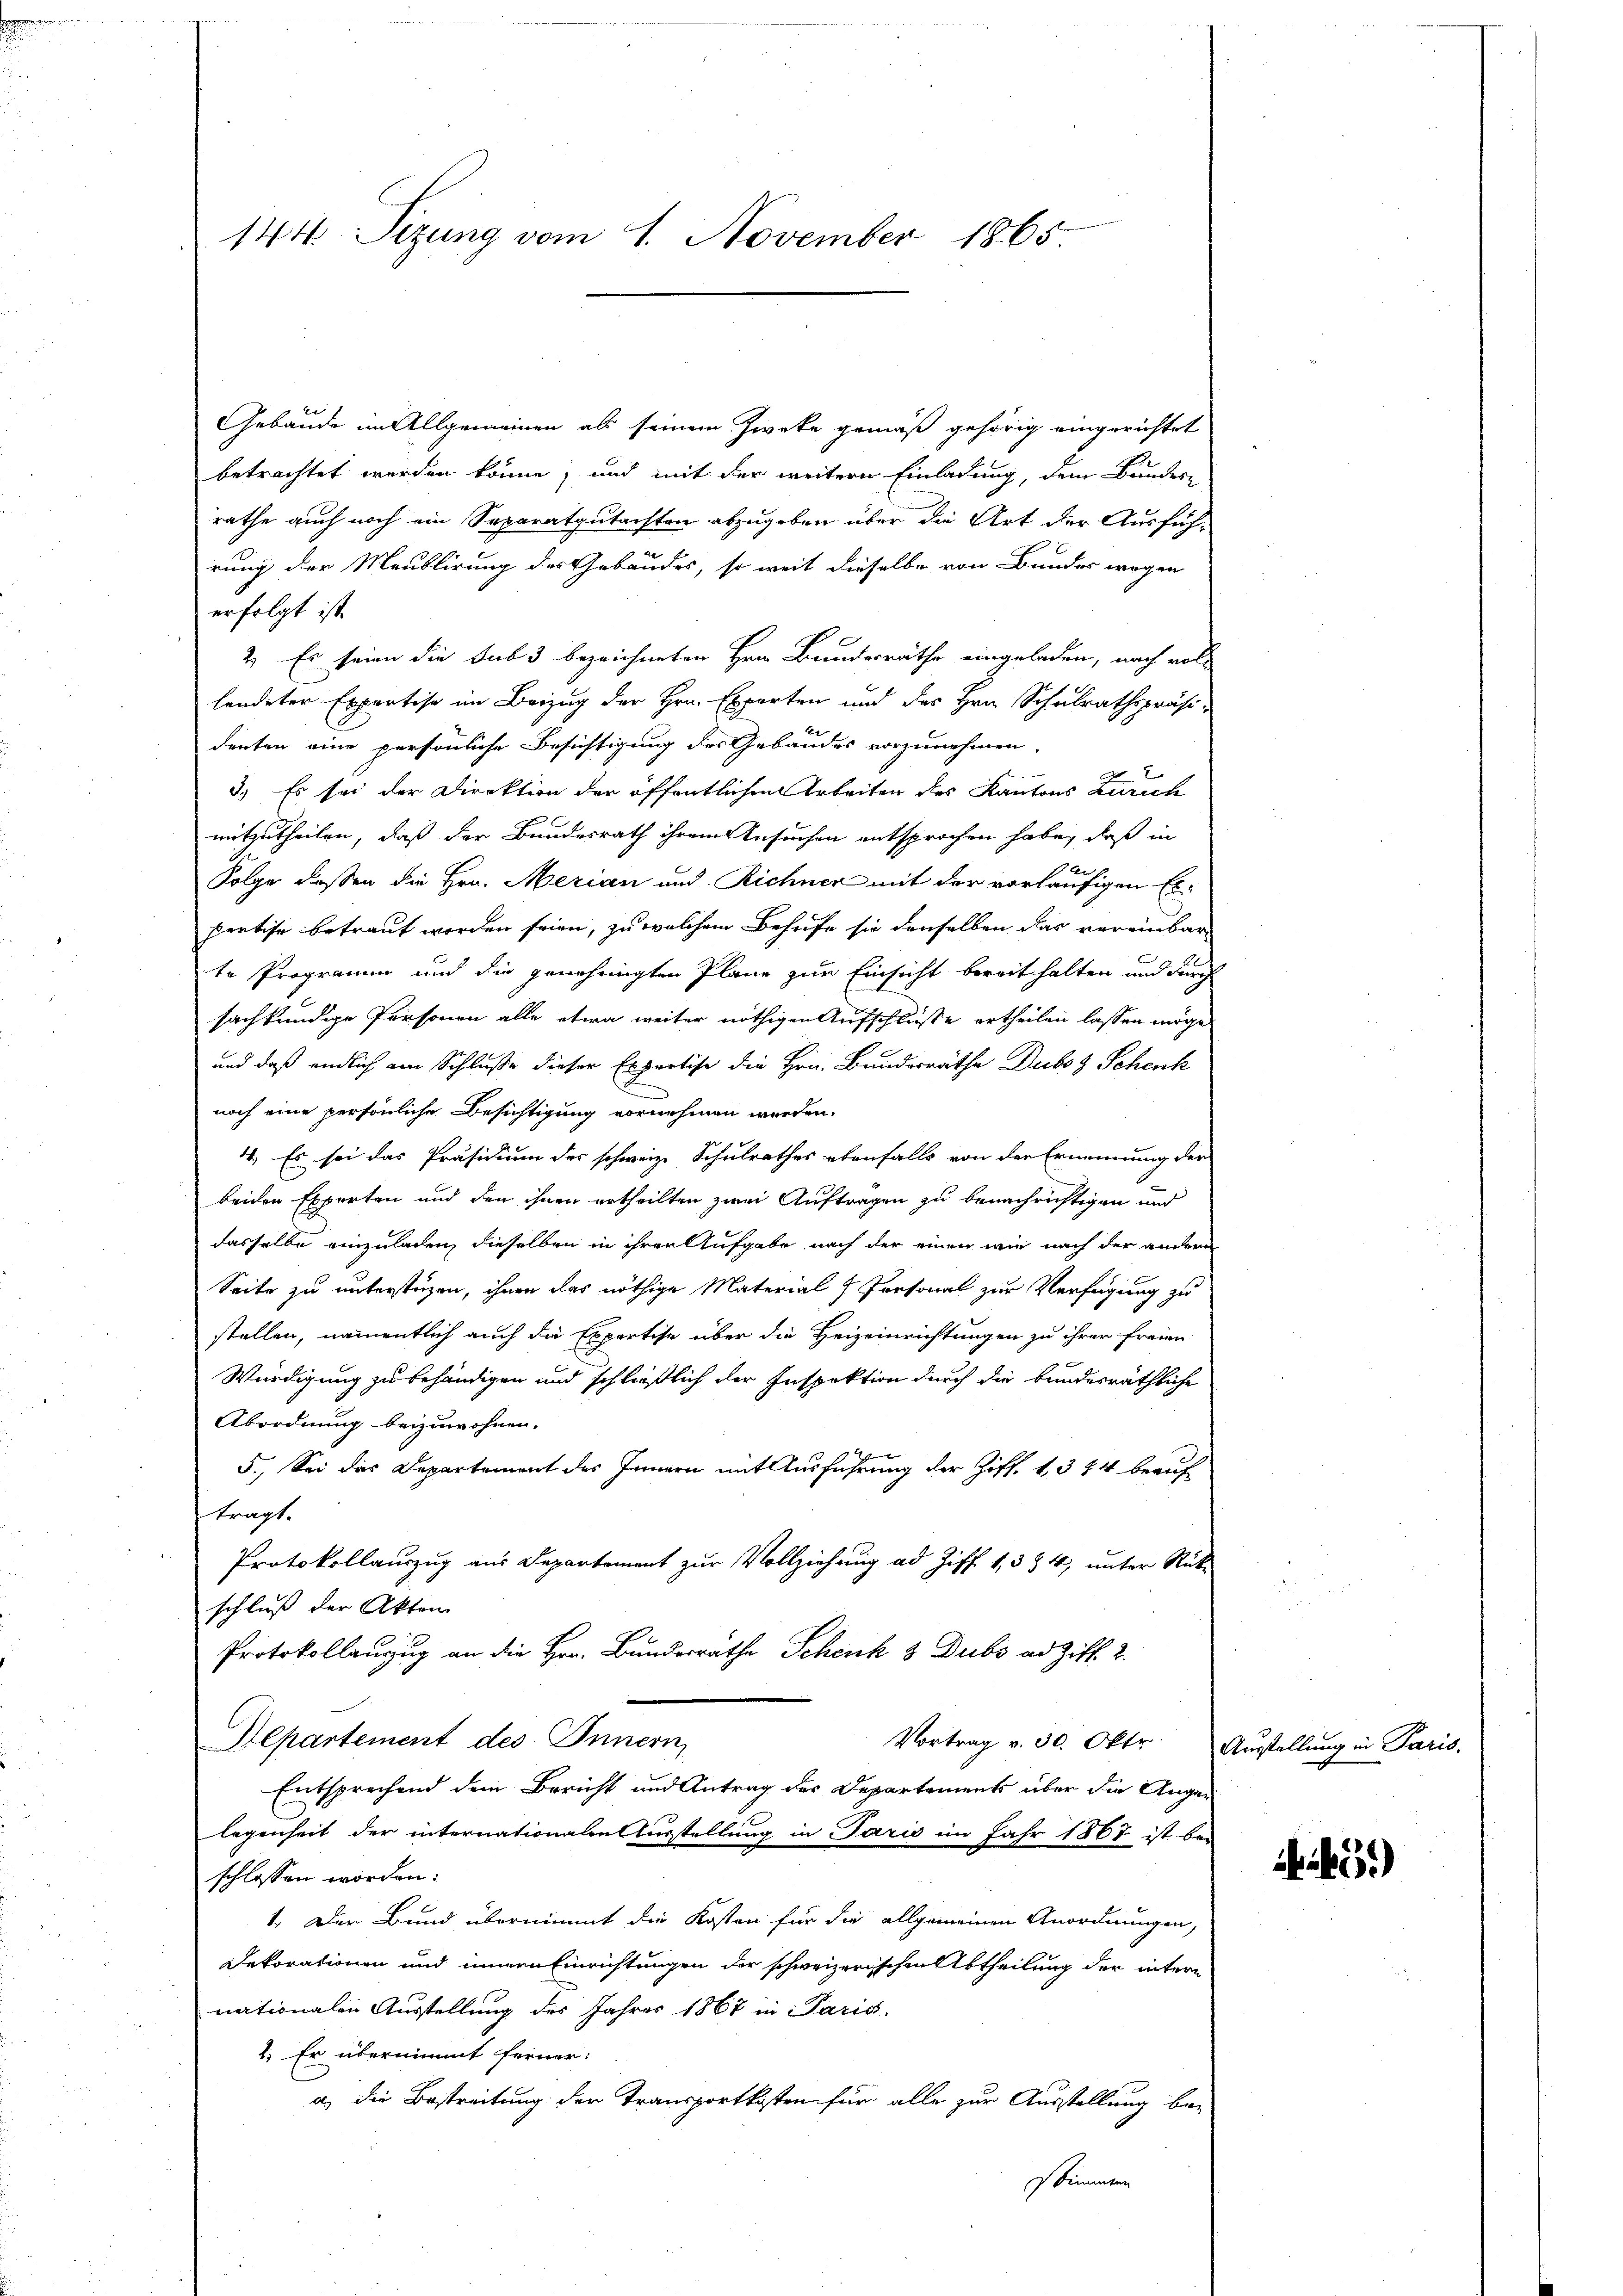
144. Sizung vom 1. November 1865

Gebäude im Allgemeinen als seinem Zweke gemäß gehörig eingerichtet
betrachtet werden könne, und mit der weitere Einladung, dem Bundes-
rathe auch noch ein Separatgutachten abzugeben über die Art der Ausführung der Meublirung des Gebäudes, so weit dieselbe von Bundes wegen
erfolgt ist.
2. Es seien die sub 3 bezeichneten Hrn. Bundesräthe eingeladen, nach vol-
lendeter Expertise im Beizug der Hrn. Experten und des Hrn. Schulrathspräsi-
denten eine persönliche Besichtigung der Gebäudes vorzunehmen.
.
n
3.) Es sei der Direktion der öffentlichen Arbeiten des Kantons Zürich
mitzutheilen, daß der Bundesrath ihrem Ansuchen entsprochen habe, daß in
e
Folge deßen die Hrn. Merian und Richner mit der vorläufigen Ex-
pertise betraut worden seien, zu welchem Behufe sie denselben das vereinbar
te Programm und die genehmigten Pläne zur Einsicht bereit halten und durch
sachkundige Personen alle etwa weiter nöthigen Aufschlüsse ertheilen lassen möge
und daß endlich am Schluße dieser Expertise die Hrn. Bundesräthe Duboz Schenk
noch eine persönliche Besichtigung vornehmen werden.
4. Es sei das Präsidium des schweiz. Schulrathes ebenfalls von der Ernennung der
beiden Experten und den ihnen ertheilten zwei Auftragen zu benachrichtigen und
dasselbe einzuladen, dieselben in ihrer Aufgabe nach der einen wie nach der andern
Seite zu unterstüzen, ihnen das nöthige Material Personal zur Verfügung zu
stellen, namentlich auch die Expertise über die Heizeinrichtungen zu ihrer freien
Würdigung zu behändigen und schließlich der Inspektion durch die bundesräthliche
Abordnung beizuwohnen.
5.) Sei das Departement des Innern mit Ausführung der Ziff. 1, 344 beaufträgt.
Protokollauszug aus Departement zur Vollziehung ad Ziff. 1, 384, unter Rück-
schluß der Akten
Protokollauszug an die Hrn. Bundesrathe Schenk & Dubs ad Ziff. 2.
Aepartement des Innern,
Vortrag v. 30. Okt.
Entsprechend dem Bericht und Antrag des Departements über die Augen
legenheit der internationale Ausstellung in Paris im Jahr 1867 ist beschlossen worden:
1. Der Bund übernimmt die Kosten für die allgemeinen Anordnungen,
Dekorationen und innen Einrichtungen der schweizerischen Abtheilung der intern
nationalen Ausstellung des Jahres 1867 in Paris,
2. Er übernimmt ferner:
a. die Bestreitung der Transportkosten für alle zur Ausstellung bestimmten

Ausstellung in Paris.

45)